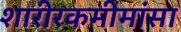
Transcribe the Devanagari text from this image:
शारीरकमीमांसा